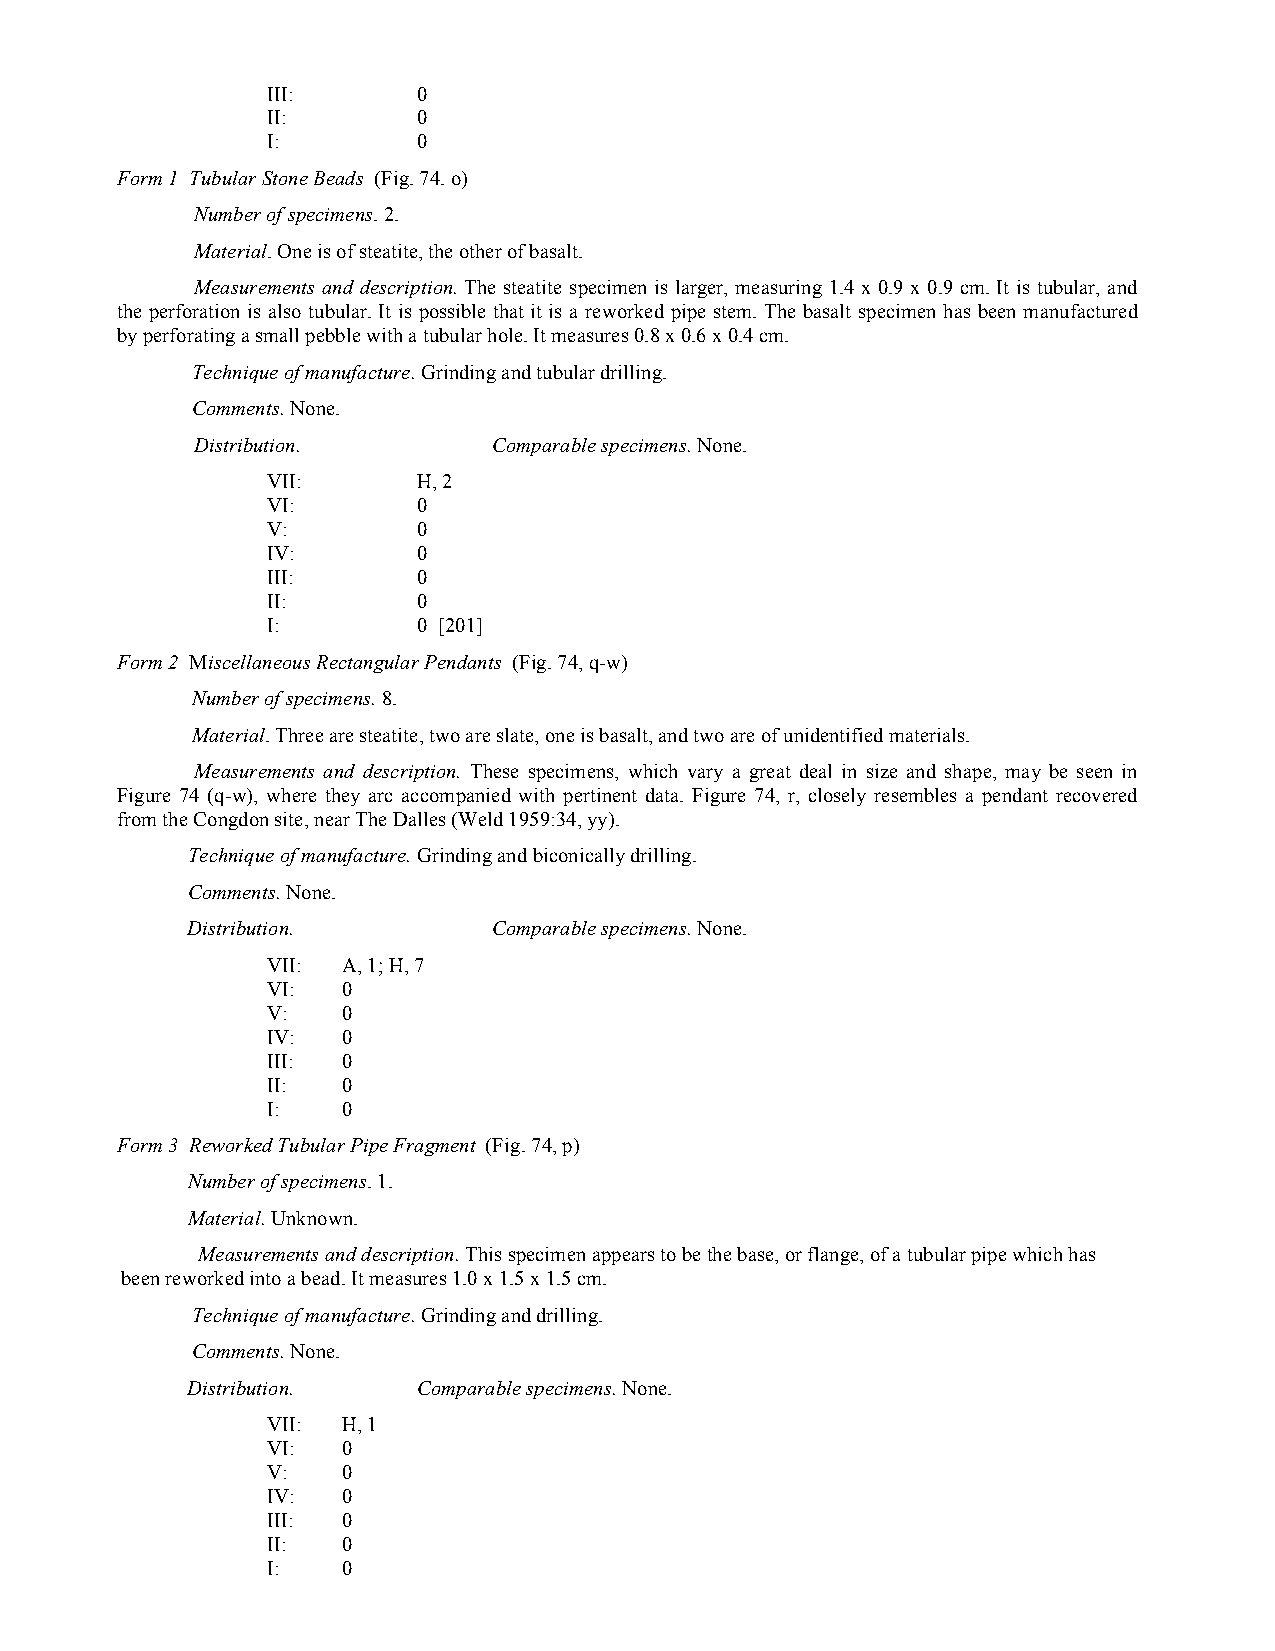
III:      0
 II:       0
 I:        0
 Form 1 Tubular Stone Beads (Fig. 74. o)
 Number of specimens. 2.
 Material. One is of steatite, the other of basalt.
 Measurements and description. The steatite specimen is larger, measuring 1.4 x 0.9 x 0.9 cm. It is tubular, and
 the perforation is also tubular. It is possible that it is a reworked pipe stem. The basalt specimen has been manufactured
 by perforating a small pebble with a tubular hole. It measures 0.8 x 0.6 x 0.4 cm.
 Technique of manufacture. Grinding and tubular drilling.
 Comments. None.
 Distribution.       Comparable specimens. None.
 VII:      H, 2
 VI:       0
 V:        0
 IV:       0
 III:      0
 II:       0
 I:        0 [201]
 Form 2 Miscellaneous Rectangular Pendants (Fig. 74, q-w)
 Number of specimens. 8.
 Material. Three are steatite, two are slate, one is basalt, and two are of unidentified materials.
 Measurements and description. These specimens, which vary a great deal in size and shape, may be seen in
 Figure 74 (q-w), where they arc accompanied with pertinent data. Figure 74, r, closely resembles a pendant recovered
 from the Congdon site, near The Dalles (Weld 1959:34, yy).
 Technique of manufacture. Grinding and biconically drilling.
 Comments. None.
 Distribution.        Comparable specimens. None.
 VII: A, 1; H, 7
 VI:  0
 V:   0
 IV:  0
 III: 0
 II:  0
 I:   0
 Form 3 Reworked Tubular Pipe Fragment (Fig. 74, p)
 Number of specimens. 1.
 Material. Unknown.
 Measurements and description. This specimen appears to be the base, or flange, of a tubular pipe which has
 been reworked into a bead. It measures 1.0 x 1.5 x 1.5 cm.
 Technique of manufacture. Grinding and drilling.
 Comments. None.
 Distribution.   Comparable specimens. None.
 VII: H, 1
 VI:  0
 V:   0
 IV:  0
 III: 0
 II:  0
 I:   0